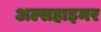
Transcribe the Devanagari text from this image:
अल्सहाइमर